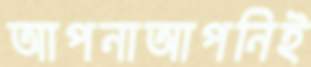
আপনাআপনিই